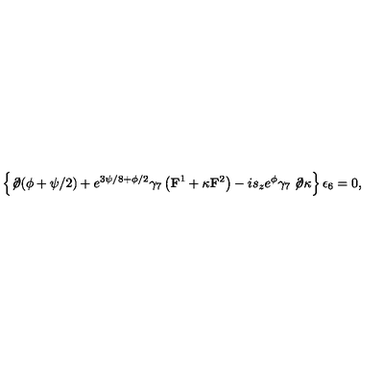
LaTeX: \left\{ \not \! \partial ( \phi + \psi / 2 ) + e ^ { 3 \psi / 8 + \phi / 2 } \gamma _ { 7 } \left( { \bf F } ^ { 1 } + \kappa { \bf F } ^ { 2 } \right) - i s _ { z } e ^ { \phi } \gamma _ { 7 } \not \! \partial \kappa \right\} \epsilon _ { 6 } = 0 ,